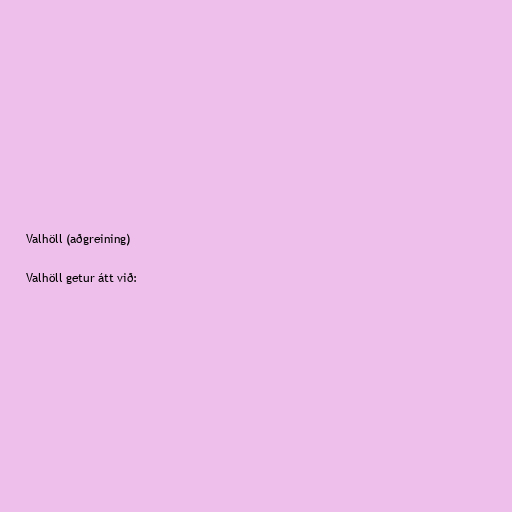
Valhöll (aðgreining)

Valhöll getur átt við: